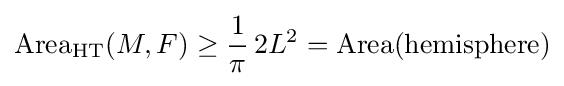
\operatorname {Area} _{\mathrm {HT} }(M,F)\geq {\frac {1}{\pi }}\,2L^{2}=\operatorname {Area} ({\text{hemisphere}})